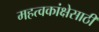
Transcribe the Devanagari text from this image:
महत्वकांक्षेसाठी